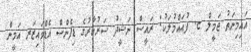
އައިމިނަތު ޖަމީލް ޏ. ފުއައްމުލަކު: ރައީސް ނަޝީދު ސަރުކާރުގެ ޑިފެންސް އެޑްވައިޒަރ އަމީން